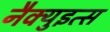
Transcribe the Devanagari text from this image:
नैक्युइत्स